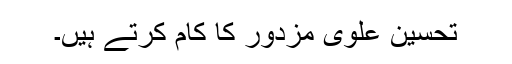
تحسین علوی مزدور کا کام کرتے ہیں۔